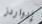
إدواردز